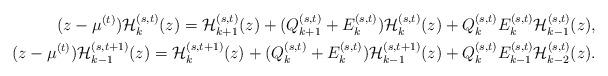
LaTeX: \begin{align*}(z-\mu^{(t)}){\cal H}_{k}^{(s,t)}(z)={\cal H}_{k+1}^{(s,t)}(z)+(Q_{k+1}^{(s,t)}+E_{k}^{(s,t)}){\cal H}_{k}^{(s,t)}(z)+Q_{k}^{(s,t)}E_{k}^{(s,t)}{\cal H}_{k-1}^{(s,t)}(z),\\(z-\mu^{(t)}){\cal H}_{k-1}^{(s,t+1)}(z)={\cal H}_{k}^{(s,t+1)}(z)+(Q_{k}^{(s,t)}+E_{k}^{(s,t)}){\cal H}_{k-1}^{(s,t+1)}(z)+Q_{k}^{(s,t)}E_{k-1}^{(s,t)}{\cal H}_{k-2}^{(s,t)}(z).\end{align*}